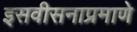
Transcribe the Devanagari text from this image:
इसवीसनाप्रमाणे